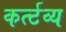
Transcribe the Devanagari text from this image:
कर्त्टव्य